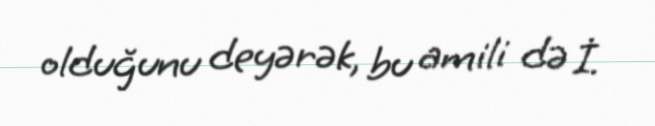
olduğunu deyərək, bu amili də İ.